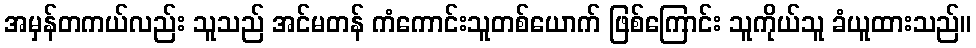
အမှန်တကယ်လည်း သူသည် အင်မတန် ကံကောင်းသူတစ်ယောက် ဖြစ်ကြောင်း သူကိုယ်သူ ခံယူထားသည်။